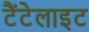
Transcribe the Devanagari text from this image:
टैंटेलाइट